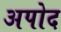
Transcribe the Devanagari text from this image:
अपोद